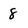
Character: 8